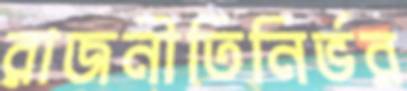
রাজনীতিনির্ভর